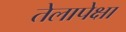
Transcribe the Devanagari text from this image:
तेलापेक्षा